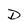
Character: D